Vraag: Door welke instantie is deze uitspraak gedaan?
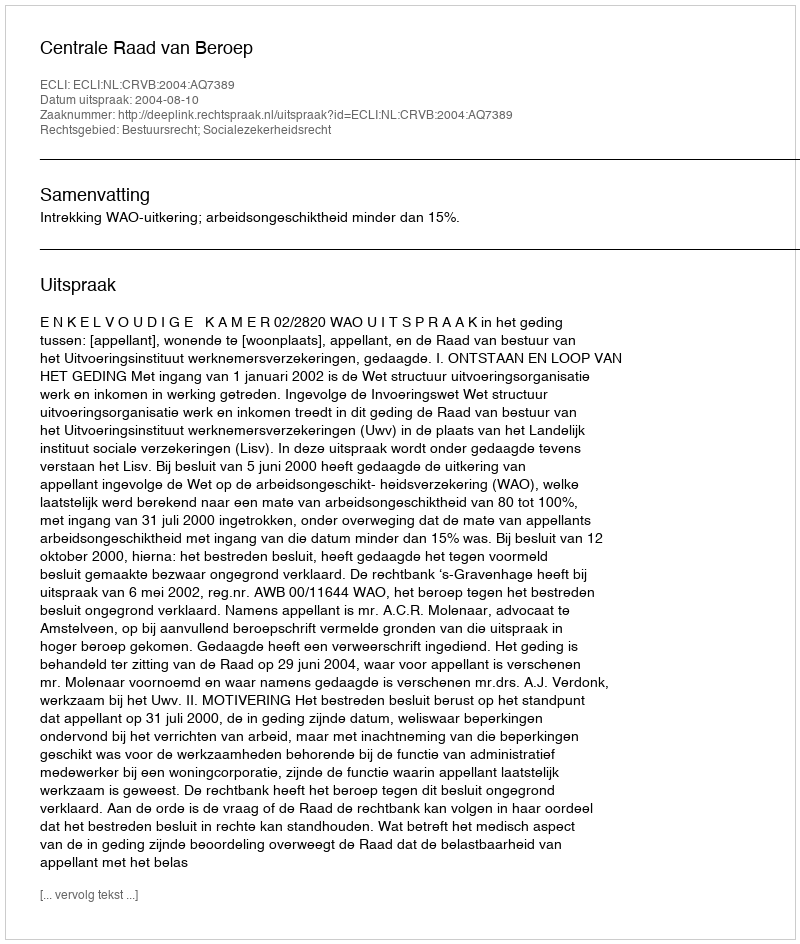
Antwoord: Centrale Raad van Beroep